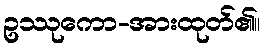
ဥဿုကော-အားထုတ်၏။